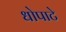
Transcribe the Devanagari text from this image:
धोपाटे